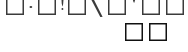
٦٤